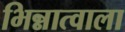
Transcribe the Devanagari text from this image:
भिन्नात्वाला